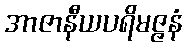
အာဇာနီယပရိမဇ္ဇနံ